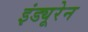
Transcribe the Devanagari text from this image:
इंड्यूरेन